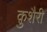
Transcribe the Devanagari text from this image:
क़ुशैरी